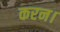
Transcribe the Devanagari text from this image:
करन।